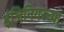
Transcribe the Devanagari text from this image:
इंजिनियरच्या